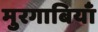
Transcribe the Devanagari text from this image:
मुरगाबियाँ